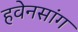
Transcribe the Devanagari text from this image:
हवेनसांग